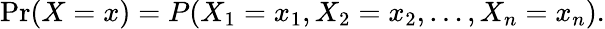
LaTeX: \operatorname*{Pr}(X=x)=P(X_{1}=x_{1},X_{2}=x_{2},\ldots,X_{n}=x_{n}).